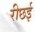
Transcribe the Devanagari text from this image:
रीछई